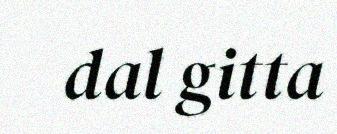
dal gitta